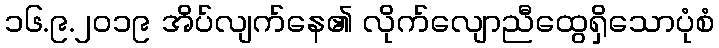
၁၆.၉.၂၀၁၉ အိပ်လျက်နေ၏ လိုက်လျောညီထွေရှိသောပုံစံ